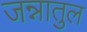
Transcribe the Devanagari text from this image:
जन्नातुल